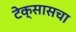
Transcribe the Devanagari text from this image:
टेक्सासचा